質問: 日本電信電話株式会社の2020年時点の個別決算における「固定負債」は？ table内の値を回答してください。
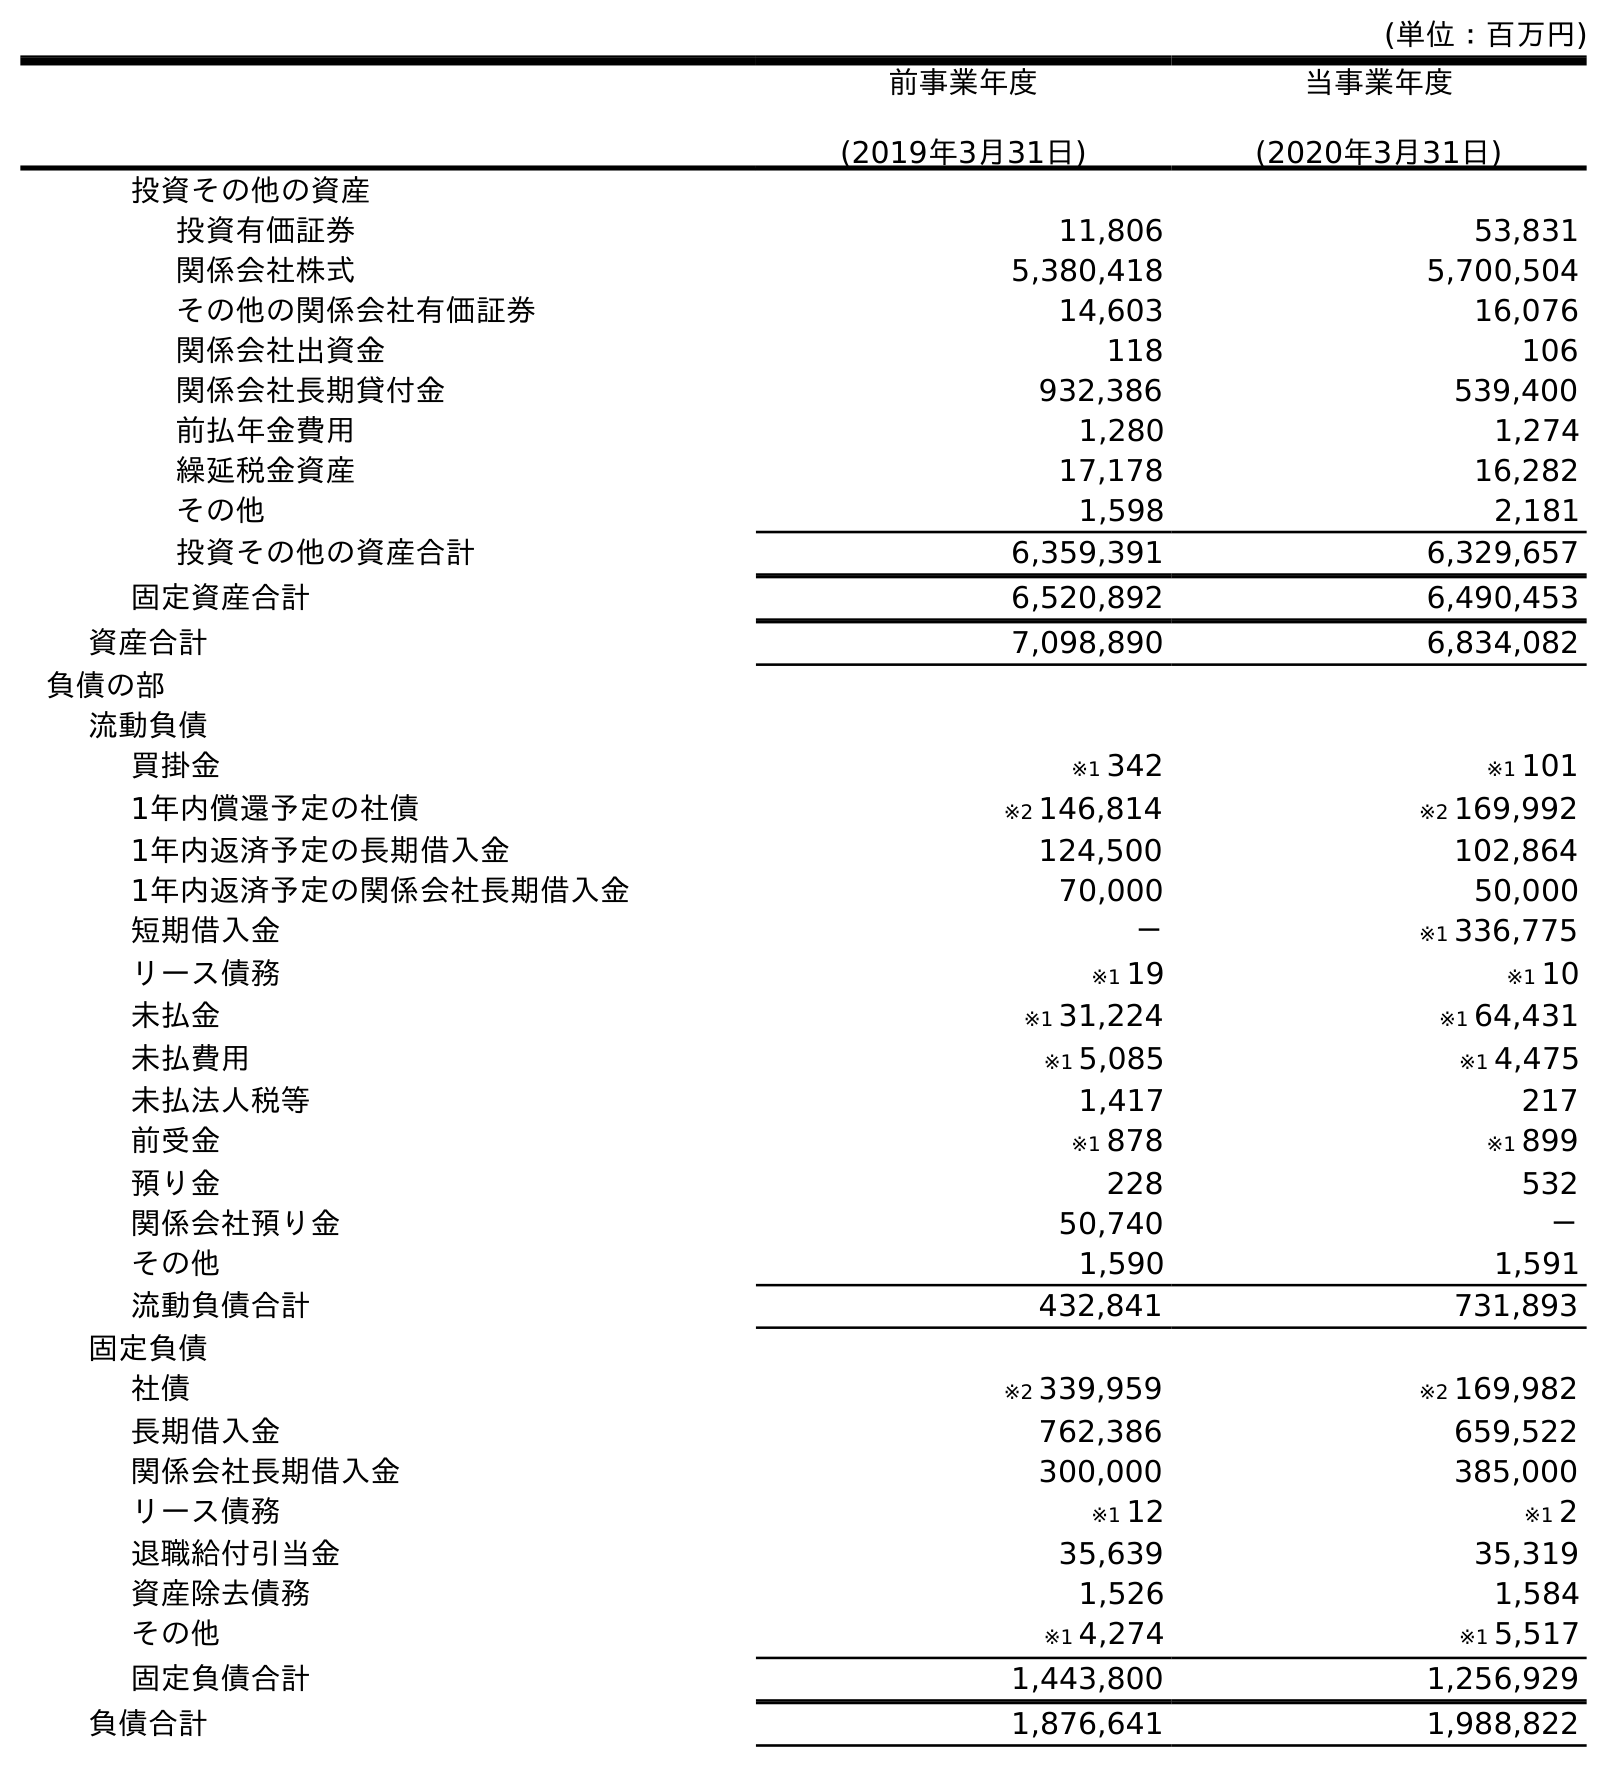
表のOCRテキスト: (単位：百万円) 前事業年度 (2019年3月31日) 当事業年度 (2020年3月31日) 投資その他の資産 投資有価証券 11,806 53,831 関係会社株式 5,380,418 5,700,504 その他の関係会社有価証券 14,603 16,076 関係会社出資金 118 106 関係会社長期貸付金 932,386 539,400 前払年金費用 1,280 1,274 繰延税金資産 17,178 16,282 その他 1,598 2,181 投資その他の資産合計 6,359,391 6,329,657 固定資産合計 6,520,892 6,490,453 資産合計 7,098,890 6,834,082 負債の部 流動負債 買掛金 ※1 342 ※1 101 1年内償還予定の社債 ※2 146,814 ※2 169,992 1年内返済予定の長期借入金 124,500 102,864 1年内返済予定の関係会社長期借入金 70,000 50,000 短期借入金 － ※1 336,775 リース債務 ※1 19 ※1 10 未払金 ※1 31,224 ※1 64,431 未払費用 ※1 5,085 ※1 4,475 未払法人税等 1,417 217 前受金 ※1 878 ※1 899 預り金 228 532 関係会社預り金 50,740 － その他 1,590 1,591 流動負債合計 432,841 731,893 固定負債 社債 ※2 339,959 ※2 169,982 長期借入金 762,386 659,522 関係会社長期借入金 300,000 385,000 リース債務 ※1 12 ※1 2 退職給付引当金 35,639 35,319 資産除去債務 1,526 1,584 その他 ※1 4,274 ※1 5,517 固定負債合計 1,443,800 1,256,929 負債合計 1,876,641 1,988,822
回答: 1,256,929